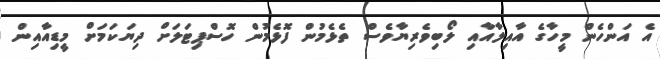
އެ އަންހެން މީހާގެ އާއިލާއާއި ލޯބިވެރިޔާވެސް ތެޅެމުން ފޮޅެމުން ހޮސްޕިޓަލަށް ދިޔަކަމަށް މީޑިއާއިން